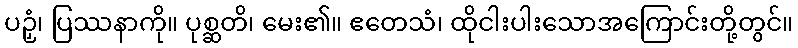
ပဉှံ၊ ပြဿနာကို။ ပုစ္ဆတိ၊ မေး၏။ ဧတေသံ၊ ထိုငါးပါးသောအကြောင်းတို့တွင်။